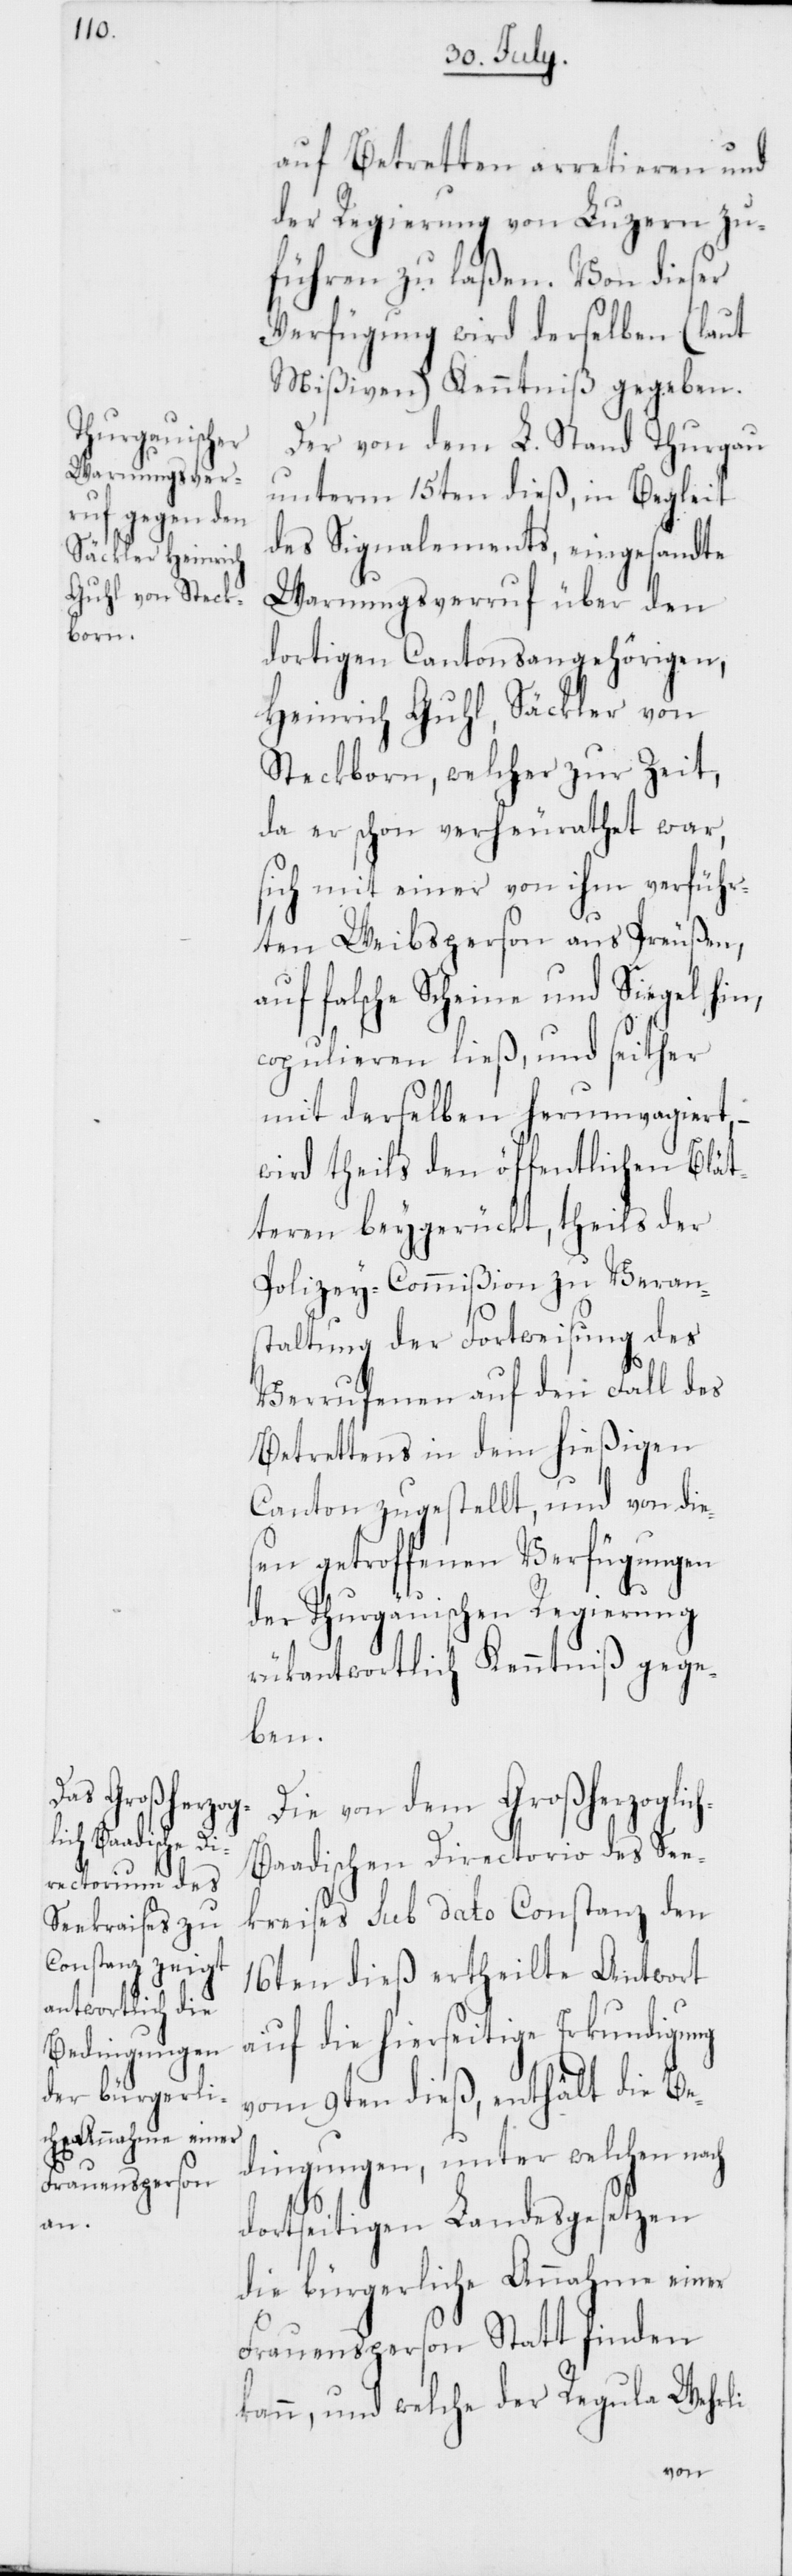
n,

auf Betretten arretieren und
der Regierung von Luzern zu¬
führen zu laßen. Von dieser
Verfügung wird derselben (laut
Mißiven) Kenntniß gegeben.
Der von dem L. Stand Thurgau
unterm 15ten dieß, in Begleit
des Signalements, eingesandte
Warnungsverruf über den
dortigen Cantonsangehörigen,
Heinrich Guhl, Säckler von
Steckborn, welcher zur Zeit,
da er schon verheurathet war,
sich mit einer von ihm verführ¬
ten Weibsperson aus Preußen,
falsche Scheine und Siegel hi¬
copulieren ließ, und seither
mit derselben herumvagiert, –
wird theils den öffentlichen Blät¬
teren beygerückt, theils der
Polizey-Commißion zu Veran¬
staltung der Fortweisung des
Verrufenen auf den Fall des
Betrettens in dem hießigen
Canton zugestellt, und von die¬
sen getroffenen Verfügungen
der Thurgauischen Regierung
rükantwortlich Kenntniß gege¬
ben.
Die von dem Großherzoglic¬
h-Baadischen Directorio des See¬
kreises sub dato Constanz den
16ten dieß ertheilte Antwort
auf die hierseitige Erkundigung
vom 9ten dieß, enthält die Be¬
dingungen, unter welchen
dortseitigen Landesgesetzen
die bürgerliche Annahme einer
Frauensperson Statt finden
kann, und welche der Regula Wehrli